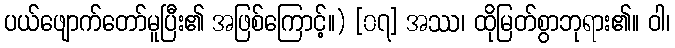
ပယ်ဖျောက်တော်မူပြီး၏ အဖြစ်ကြောင့်။) [၀၇] အဿ၊ ထိုမြတ်စွာဘုရား၏။ ဝါ၊